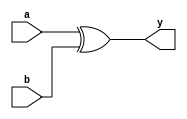
module sn74ls86(y, a, b);
input a, b;
reg r;
output y;
parameter
	// simulation is inaccurate, won't model separate tPxx for other input H vs L
	// take maximum delays

	// TI TTL data book Vol 1, 1985
	tPLH_min=0, tPLH_typ=20, tPLH_max=30,
	tPHL_min=0, tPHL_typ=13, tPHL_max=22;

	xor #(tPLH_min:tPLH_typ:tPLH_max,
		  tPHL_min:tPHL_typ:tPHL_max)
		(y, a, b);
endmodule